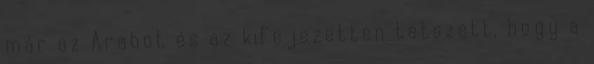
már az Arabot és az kifejezetten tetszett, hogy a